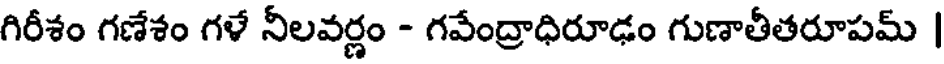
గిరీశం గణేశం గళే నీలవర్ణం - గవేంద్రాధిరూఢం గుణాతీతరూపమ్ |